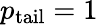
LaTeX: p_{\mathrm{tail}}=1